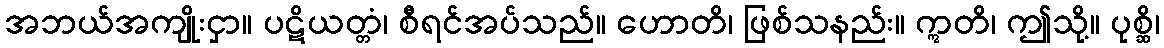
အဘယ်အကျိုးငှာ။ ပဋိယတ္တံ၊ စီရင်အပ်သည်။ ဟောတိ၊ ဖြစ်သနည်း။ ဣတိ၊ ဤသို့။ ပုစ္ဆိ၊